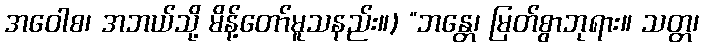
အဝေါစ၊ အဘယ်သို့ မိန့်တော်မူသနည်း။) “ဘန္တေ၊ မြတ်စွာဘုရား။ သတ္တ၊